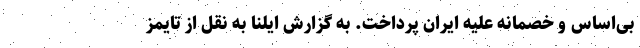
بی‌اساس و خصمانه علیه ایران پرداخت. به گزارش ایلنا به نقل از تایمز